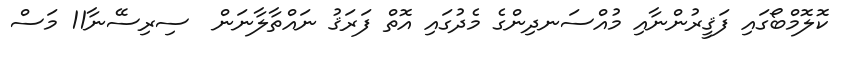
ކޮލޮމްބޯގައި ފަޤީރުންނާއި މުއްސަނދިންގެ މެދުގައި އޮތް ފަރަޤު ނައްތާލާނަން  ސިރިސޭނާ11 މަސް